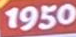
1950